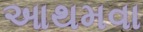
આથમવા